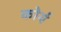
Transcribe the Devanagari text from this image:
कोर्य